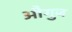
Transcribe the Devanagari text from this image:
औगुज